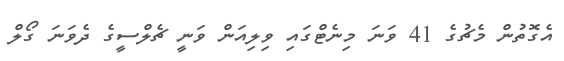
އެގޮތުން މެޗުގެ 41 ވަނަ މިނެޓްގައި ވިލިއަން ވަނީ ޗެލްސީގެ ދެވަނަ ގޯލް